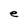
Character: e